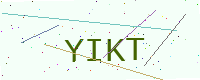
Text: YIKT